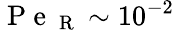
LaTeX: \mathrm{~P~e~}_{\mathrm{~R~}}\sim 10^{-2}